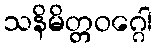
သနိမိတ္တဝဂ္ဂေါ